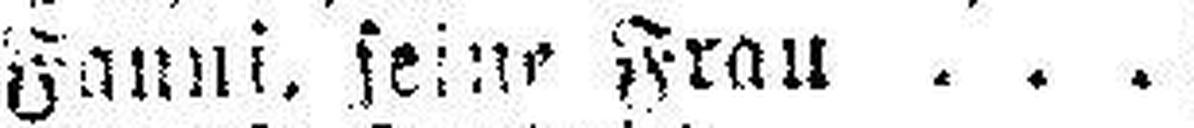
Fanni, seine Frau